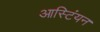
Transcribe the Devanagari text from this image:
आस्टिंयन